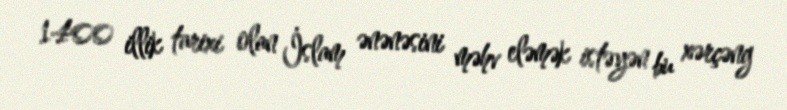
1400 illik tarixi olan İslam ənənəsini məhv eləmək istəyən bu xərçəng